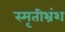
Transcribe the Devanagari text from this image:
स्मृतीभ्रंश